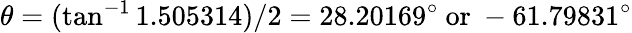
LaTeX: \theta=(\tan^{-1}1.505314)/2=28.20169^{\circ}{\mathrm{~or~}}-61.79831^{\circ}